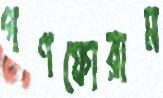
গণফোরাম